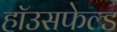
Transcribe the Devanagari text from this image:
हॉउसफेल्ड